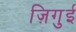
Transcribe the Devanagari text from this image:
ज़िगुई